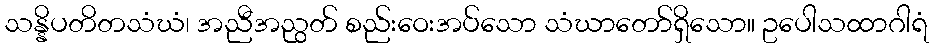
သန္နိပတိတသံဃံ၊ အညီအညွတ် စည်းဝေးအပ်သော သံဃာတော်ရှိသော။ ဥပေါသထာဂါရံ